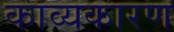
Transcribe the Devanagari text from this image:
काव्यकारण